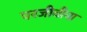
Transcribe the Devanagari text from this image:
परजीवीना